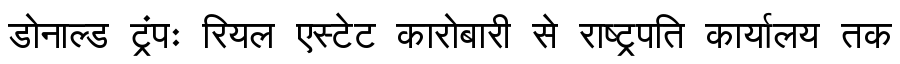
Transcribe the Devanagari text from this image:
डोनाल्ड ट्रंपः रियल एस्टेट कारोबारी से राष्ट्रपति कार्यालय तक